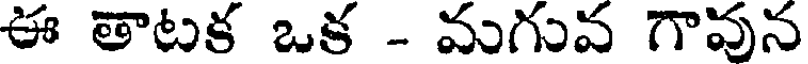
ఈ తాటక ఒక - మగువ గావున